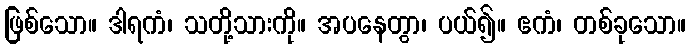
ဖြစ်သော။ ဒါရကံ၊ သတို့သားကို။ အပနေတွာ၊ ပယ်၍။ ဧကံ၊ တစ်ခုသော။